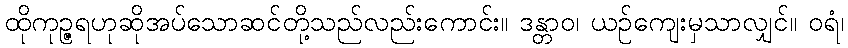
ထိုကုဉ္ဇရဟုဆိုအပ်သောဆင်တို့သည်လည်းကောင်း။ ဒန္တာဝ၊ ယဉ်ကျေးမှသာလျှင်။ ဝရံ၊